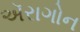
ઍરાગોન